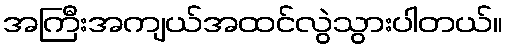
အကြီးအကျယ်အထင်လွဲသွားပါတယ်။